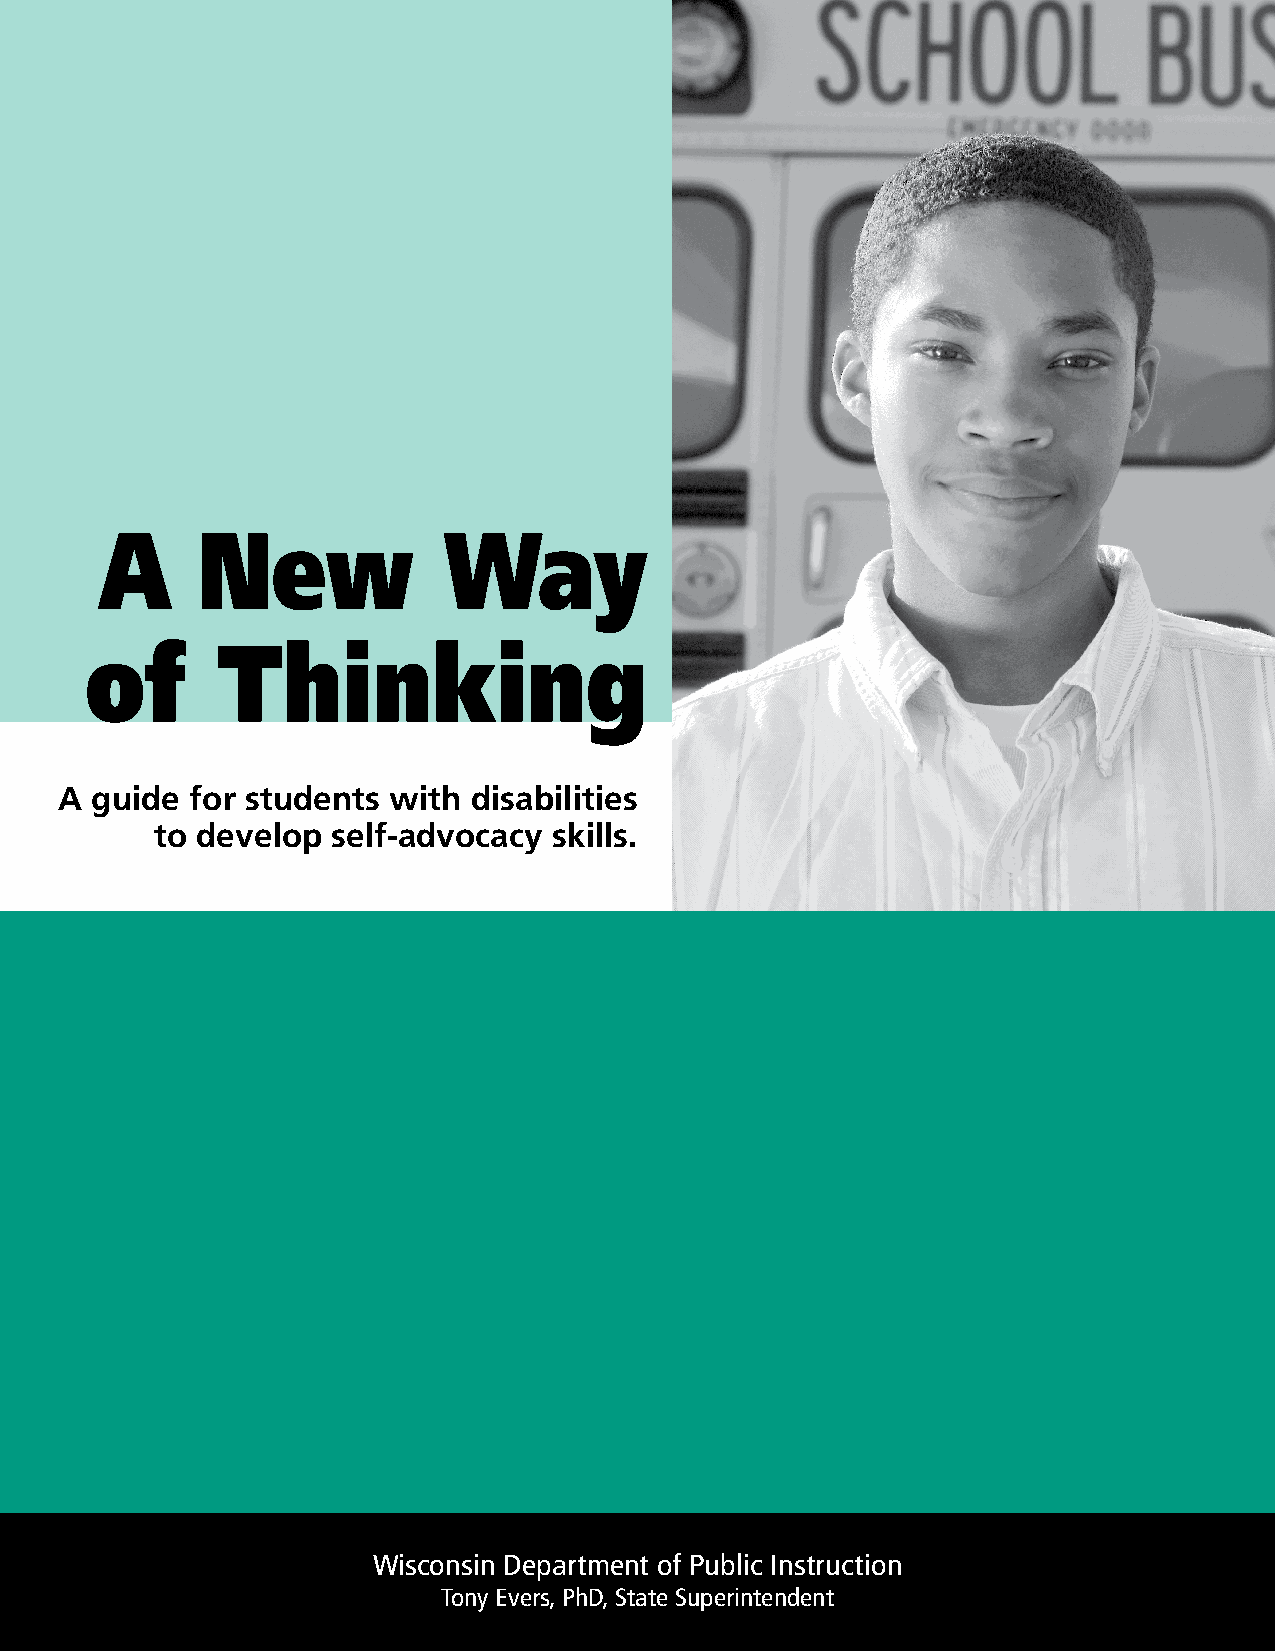
A     New             Way
 of      Thinking
 A guide  for students with disabilities
 to develop  self-advocacy  skills.
 Wisconsin Department of Public Instruction
 Tony Evers, PhD, State Superintendent